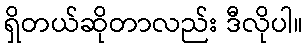
ရှိတယ်ဆိုတာလည်း ဒီလိုပါ။